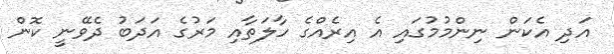
އަދި އެކަން ނިންމުމުގައި އެ އިރެއްގެ ހާލަތާއި މަރުގެ އަދަބު ދެވޭނީ ކޮން